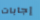
إجابات